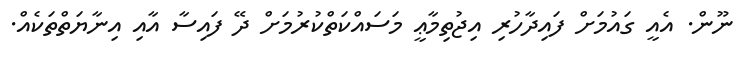
ނޫން. އެއީ ގައުމަށް ފައިދާހުރި އިޖުތިމާޢީ މަސައްކަތްކުރުމަށް ދޭ ފައިސާ އާއި އިނާޔަތްތަކެއް.